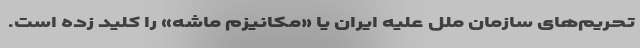
تحریم‌های سازمان ملل علیه ایران یا «مکانیزم ماشه» را کلید زده است.